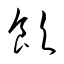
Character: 飮